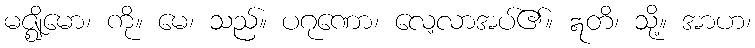
မဇ္ဈိမော၊ ကို။ မေ၊ သည်။ ပဂုဏော၊ လေ့လာအပ်၏။ ဣတိ၊ သို့။ အာဟ၊